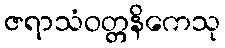
ဇရာသံဝတ္တနိကေသု